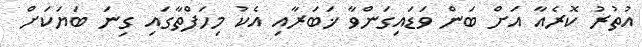
އުތުރު ކޮރެއާ އަށް ބަން ވަޑައިގަންވާ ޚަބަރާއި އެކު މިހަފްތާގައި ގިނަ ބަޔަކަށް